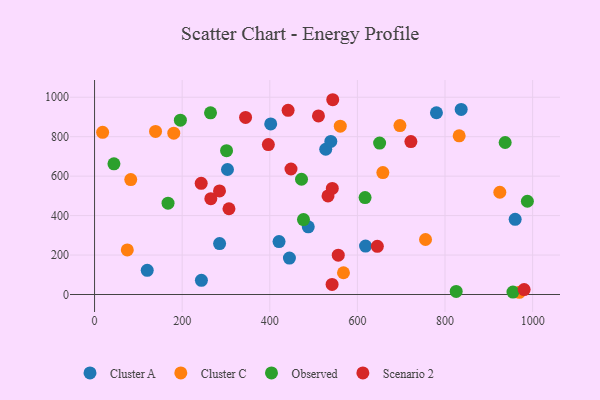
{"axis": {"x": "Experience", "y": "Exam Score"}, "legend": ["Cluster A", "Cluster C", "Observed", "Scenario 2"], "data": [{"x": "243.9", "y": 71.9, "type": "Cluster A"}, {"x": "618.6", "y": 245.3, "type": "Cluster A"}, {"x": "120.2", "y": 122.7, "type": "Cluster A"}, {"x": "836.9", "y": 938.0, "type": "Cluster A"}, {"x": "444.8", "y": 184.7, "type": "Cluster A"}, {"x": "402.1", "y": 864.9, "type": "Cluster A"}, {"x": "285.4", "y": 258.3, "type": "Cluster A"}, {"x": "527.7", "y": 736.3, "type": "Cluster A"}, {"x": "421.1", "y": 268.2, "type": "Cluster A"}, {"x": "303.4", "y": 633.8, "type": "Cluster A"}, {"x": "487.8", "y": 343.3, "type": "Cluster A"}, {"x": "960.1", "y": 381.2, "type": "Cluster A"}, {"x": "539.3", "y": 775.8, "type": "Cluster A"}, {"x": "780.4", "y": 921.4, "type": "Cluster A"}, {"x": "18.4", "y": 821.9, "type": "Cluster C"}, {"x": "832.3", "y": 804.2, "type": "Cluster C"}, {"x": "82.6", "y": 582.5, "type": "Cluster C"}, {"x": "697.1", "y": 856.3, "type": "Cluster C"}, {"x": "74.7", "y": 226.1, "type": "Cluster C"}, {"x": "969.8", "y": 11.3, "type": "Cluster C"}, {"x": "568.2", "y": 110.3, "type": "Cluster C"}, {"x": "560.9", "y": 853.1, "type": "Cluster C"}, {"x": "925.1", "y": 518.4, "type": "Cluster C"}, {"x": "139.2", "y": 826.9, "type": "Cluster C"}, {"x": "658.1", "y": 618.1, "type": "Cluster C"}, {"x": "180.8", "y": 817.8, "type": "Cluster C"}, {"x": "755.5", "y": 278.9, "type": "Cluster C"}, {"x": "167.7", "y": 462.9, "type": "Observed"}, {"x": "617.5", "y": 491.5, "type": "Observed"}, {"x": "195.9", "y": 883.9, "type": "Observed"}, {"x": "476.9", "y": 379.7, "type": "Observed"}, {"x": "264.7", "y": 921.1, "type": "Observed"}, {"x": "301.3", "y": 729.0, "type": "Observed"}, {"x": "825.5", "y": 15.4, "type": "Observed"}, {"x": "472.4", "y": 584.2, "type": "Observed"}, {"x": "650.7", "y": 767.8, "type": "Observed"}, {"x": "44.2", "y": 662.5, "type": "Observed"}, {"x": "988.0", "y": 472.8, "type": "Observed"}, {"x": "937.3", "y": 770.5, "type": "Observed"}, {"x": "955.1", "y": 12.5, "type": "Observed"}, {"x": "543.7", "y": 987.4, "type": "Scenario 2"}, {"x": "532.9", "y": 499.7, "type": "Scenario 2"}, {"x": "542.2", "y": 51.1, "type": "Scenario 2"}, {"x": "243.4", "y": 563.4, "type": "Scenario 2"}, {"x": "722.1", "y": 775.3, "type": "Scenario 2"}, {"x": "556.3", "y": 199.6, "type": "Scenario 2"}, {"x": "265.4", "y": 486.0, "type": "Scenario 2"}, {"x": "306.8", "y": 434.6, "type": "Scenario 2"}, {"x": "511.1", "y": 905.1, "type": "Scenario 2"}, {"x": "980.6", "y": 24.8, "type": "Scenario 2"}, {"x": "344.7", "y": 897.9, "type": "Scenario 2"}, {"x": "448.4", "y": 636.1, "type": "Scenario 2"}, {"x": "441.8", "y": 933.9, "type": "Scenario 2"}, {"x": "396.7", "y": 759.8, "type": "Scenario 2"}, {"x": "285.2", "y": 525.3, "type": "Scenario 2"}, {"x": "542.7", "y": 537.6, "type": "Scenario 2"}, {"x": "645.5", "y": 244.4, "type": "Scenario 2"}]}